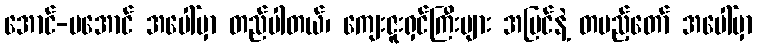
အောင်-မအောင် အပေါ်မှာ တည်ပါတယ်၊ ကျေးဇူးရှင်ကြီးများ အမြင်နဲ့ တပည့်တော် အပေါ်မှာ